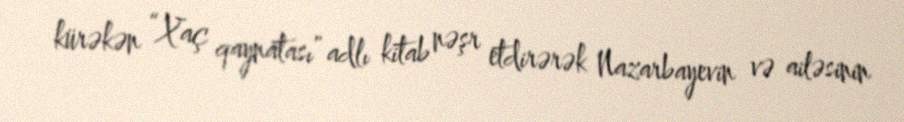
kürəkən “Xaç qaynatası” adlı kitab nəşr etdirərək Nazarbayevin və ailəsinin